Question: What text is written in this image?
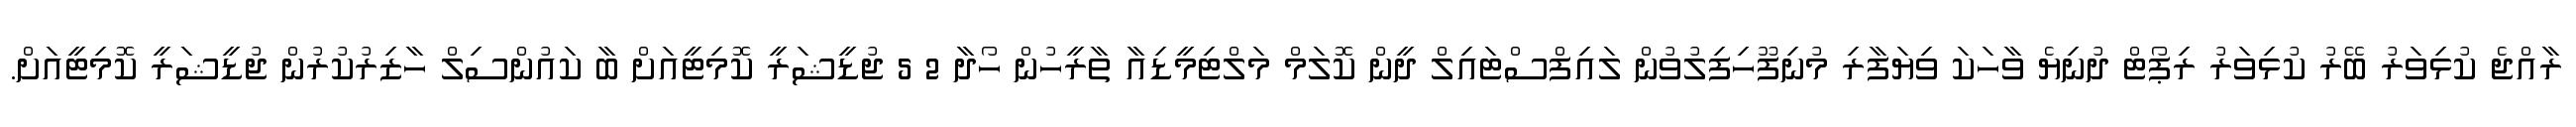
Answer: ރާއްޖެ ކުޅިވަރު ބޭރު ކުޅިވަރު ރިޕޯޓް ދުނިޔެ ވާހަކަ ވިޔަފާރި މުނިފޫހިފިލުވުން ލައިފްސްޓައިލް ދީން ކޮލަމް މަލްޓިމީޑިއާ ތާރީހުން ހޯދާ 2 5 ޖުޑީޝަރީ ކޮމިޓީއަށް ބާ ކައުންސިލް ހާޒިރުކުރުން ޖުޑީޝަރީ ކޮމިޓީއަށް.